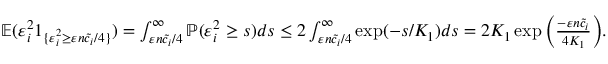
\begin{array} { r } { \mathbb { E } ( \varepsilon _ { i } ^ { 2 } 1 _ { \{ \varepsilon _ { i } ^ { 2 } \geq \varepsilon n \widetilde c _ { i } / 4 \} } ) = \int _ { \varepsilon n \widetilde c _ { i } / 4 } ^ { \infty } \ensuremath { { \mathbb { P } } } ( \varepsilon _ { i } ^ { 2 } \geq s ) d s \leq 2 \int _ { \varepsilon n \widetilde c _ { i } / 4 } ^ { \infty } \exp ( - s / K _ { 1 } ) d s = 2 K _ { 1 } \exp \Big ( \frac { - \varepsilon n \widetilde c _ { i } } { 4 K _ { 1 } } \Big ) . } \end{array}